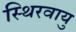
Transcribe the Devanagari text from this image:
स्थिरवायु